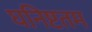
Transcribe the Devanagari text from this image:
घनिष्टतम